Haapsalu_Metskond, lk 17
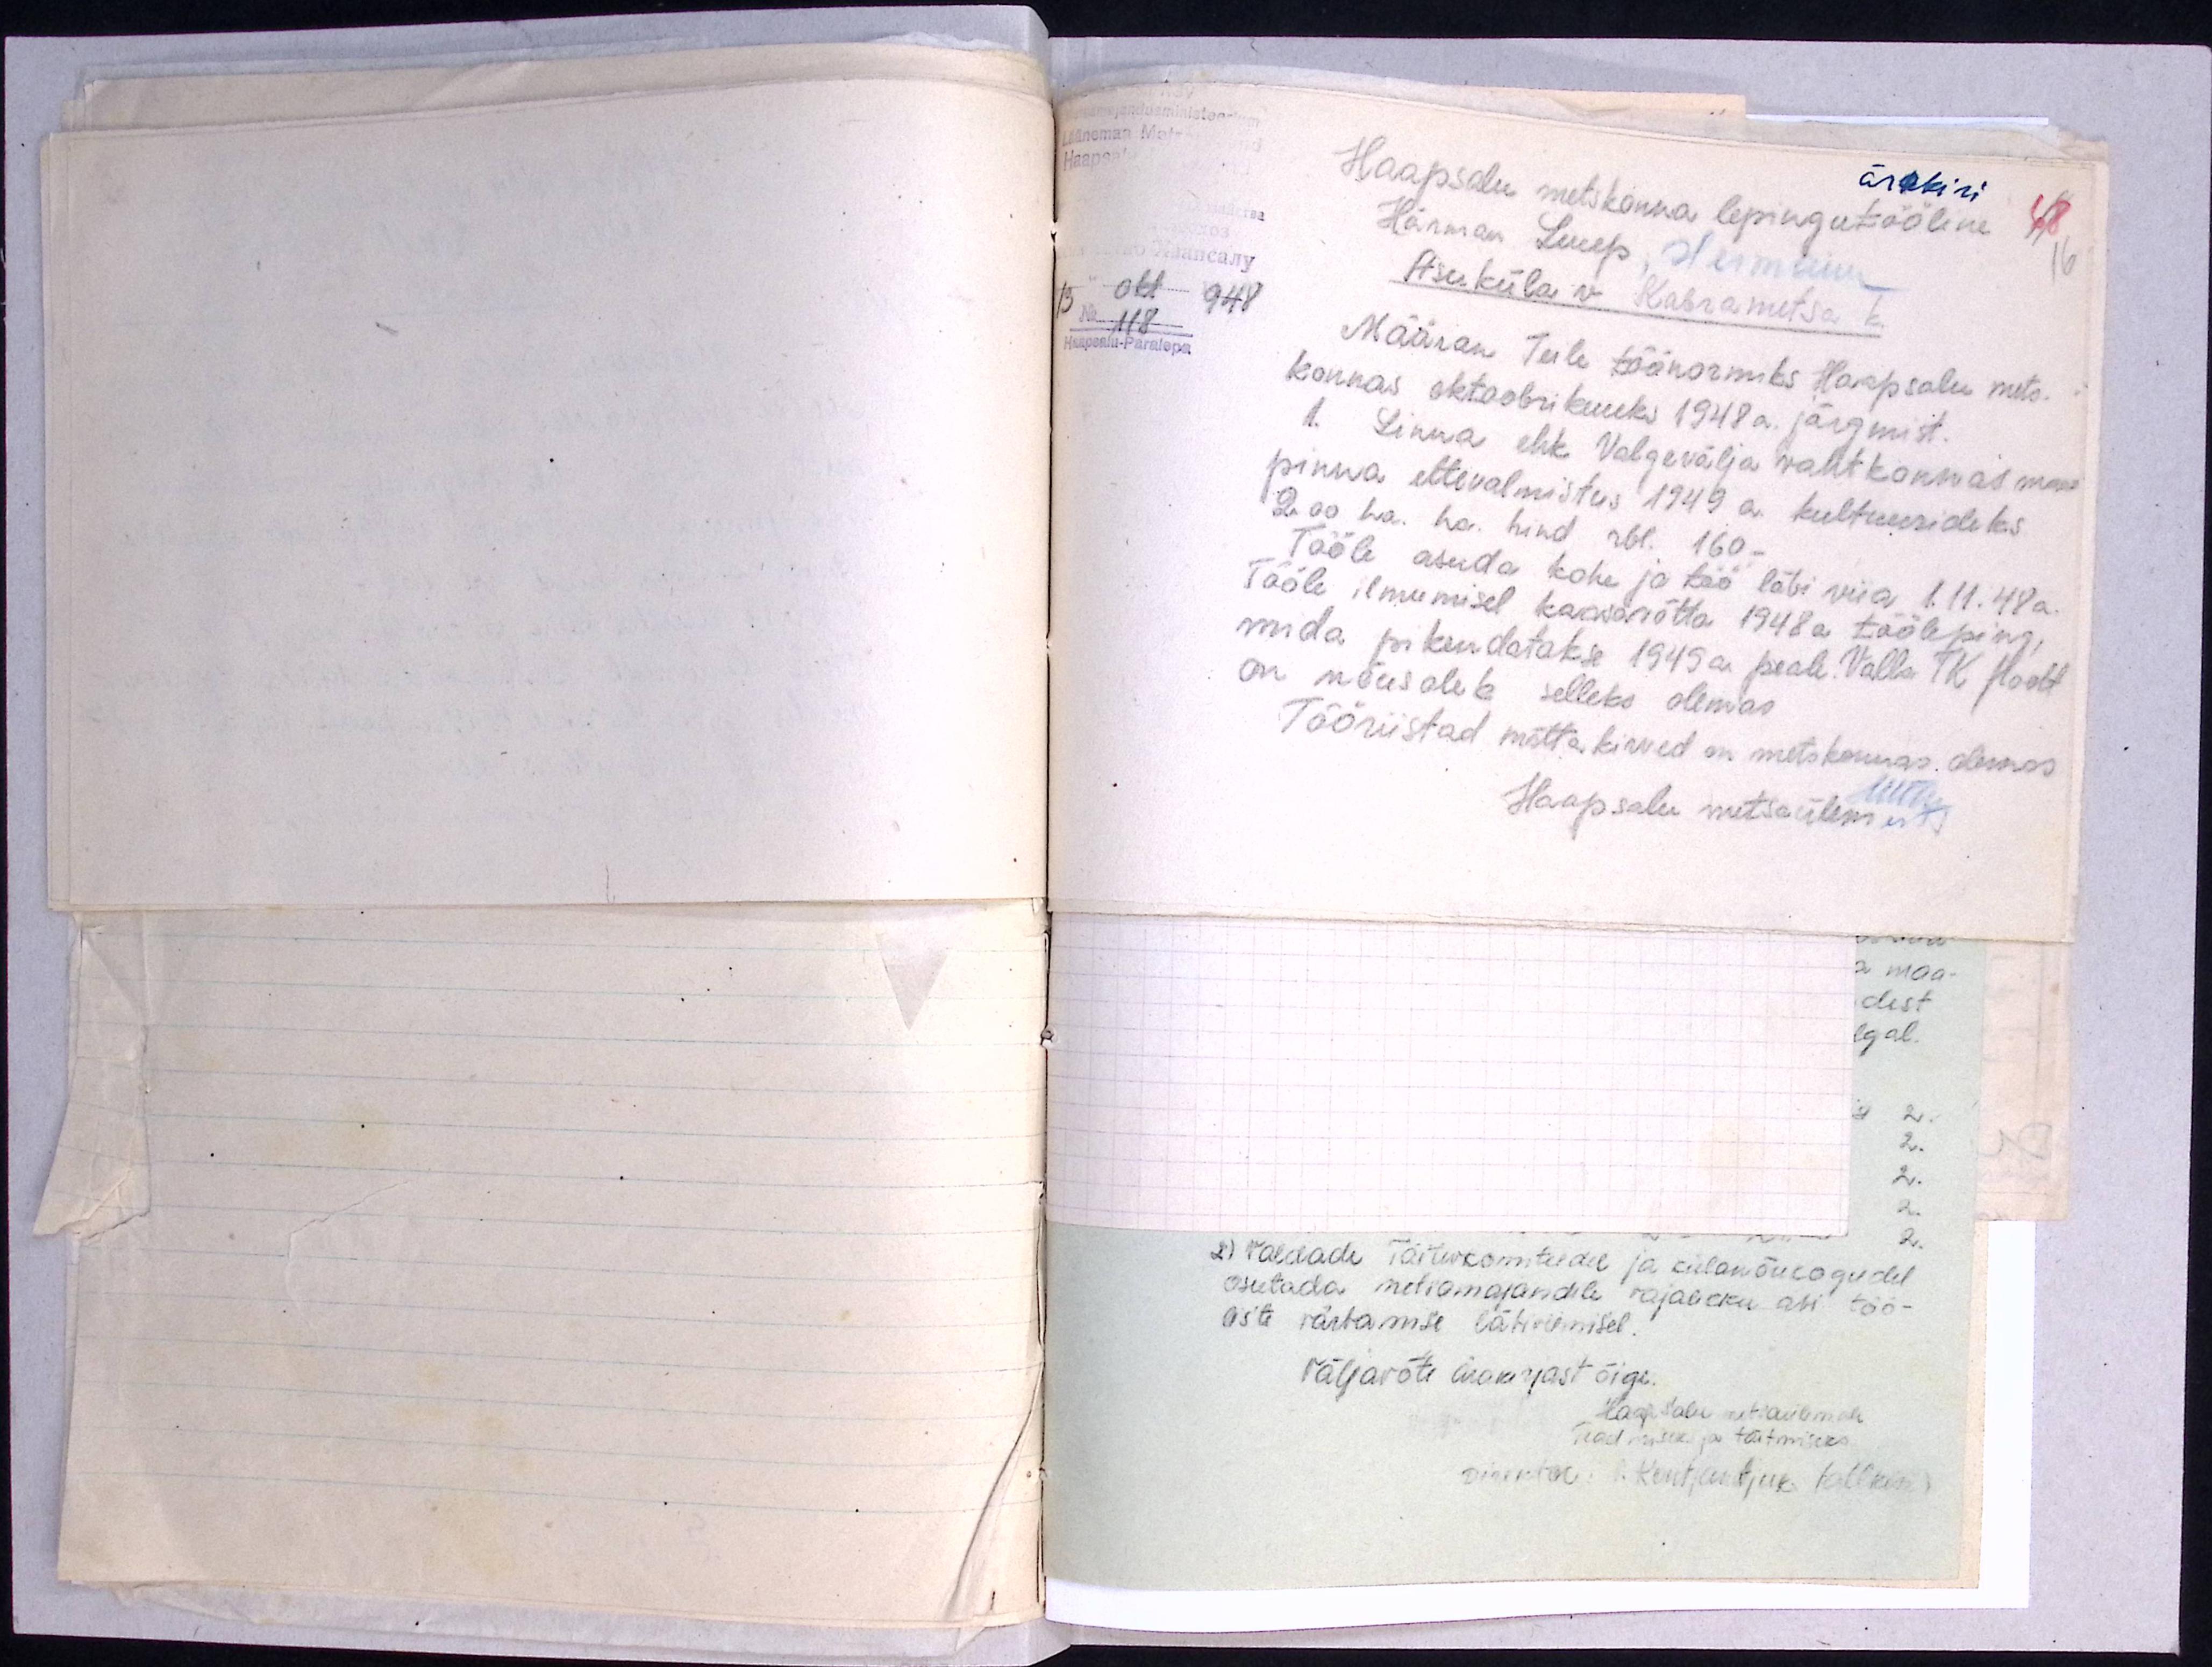
ärakiri
Haapsalu metskonna lepingutööline
68
Härman Luup, Hermann
16
Asuküla v Kabrametsa k.
13 okt 1948
No 118
Haapsalu-Paralepa
Määran Teile töönormiks Haapsalu mets-
konnas oktoobrikuuks 1948 a. järgmist
1. Linna ehk Valgevälja vahtkonnas maa
pinna ettevalmistus 1949 a. kultuurideks
2.00 ha. ha. hind rbl. 160.
Tööle asuda kohe ja töö läbi viia 1.11. 48a.
Tööle ilmumisel kaasavõtta 1948 a tööleping,
mida pikendatakse 1949 a. peale. Valla TK poolt
on nõusolek selleks olemas
Tööriistad mättakirved on metskonnas olemas
Haapsalu metsaülem